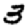
Digit: 3